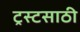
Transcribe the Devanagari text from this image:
ट्रस्टसाठी